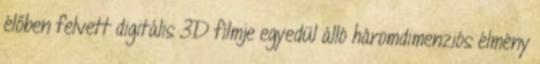
élőben felvett digitális 3D filmje egyedül álló háromdimenziós élmény